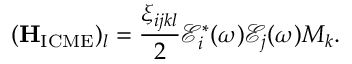
( \mathbf { H } _ { \mathrm { I C M E } } ) _ { l } = \frac { \xi _ { i j k l } } { 2 } \mathcal { E } _ { i } ^ { * } ( \omega ) \mathcal { E } _ { j } ( \omega ) M _ { k } .